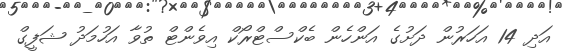
އަދި 14 އަހަރުން ދަށުގެ އަންހެން ބެކްސްޓްރޯކް އިވެންޓް ތުވާ އަހުމަދު ޝަފީގް